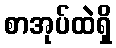
စာအုပ်ထဲရှိ